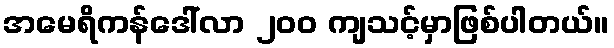
အမေရိကန်ဒေါ်လာ ၂၀၀ ကျသင့်မှာဖြစ်ပါတယ်။